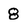
Character: 8